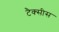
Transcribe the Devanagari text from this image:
टैक्सीस